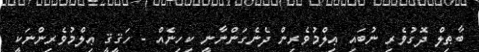
ބާޠިލް ދޮގުވެރި ނުބައި ޢިލްމުވެރިން ދެނެގަންނާނީ ކިހިނެއް - ހަޤީޤީ ޢިލްމުވެރިންނަކީ